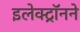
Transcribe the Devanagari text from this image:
इलेक्ट्रॉनने